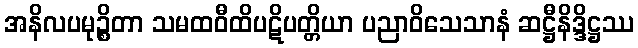
အနိလပမုဉ္စိတာ သမထဝီထိပဋိပတ္တိယာ ပညာဝိသေသာနံ ဆဋ္ဌီနိဒ္ဒိဋ္ဌဿ